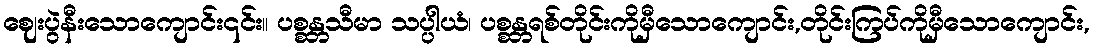
ဈေးပွဲနီးသောကျောင်း၎င်း။ ပစ္စန္တသီမာ သပ္ပါယံ၊ ပစ္စန္တရစ်တိုင်းကိုမှီသောကျောင်း,တိုင်းကြပ်ကိုမှီသောကျောင်း,